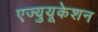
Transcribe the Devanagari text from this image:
एज्युयूकेशन